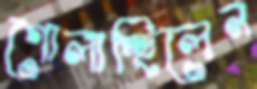
গোলাচ্ছিলেন